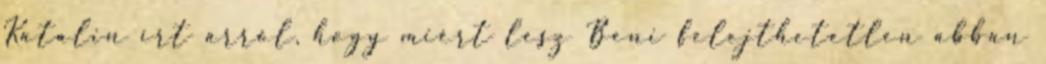
Katalin írt arról, hogy miért lesz Beni felejthetetlen abban